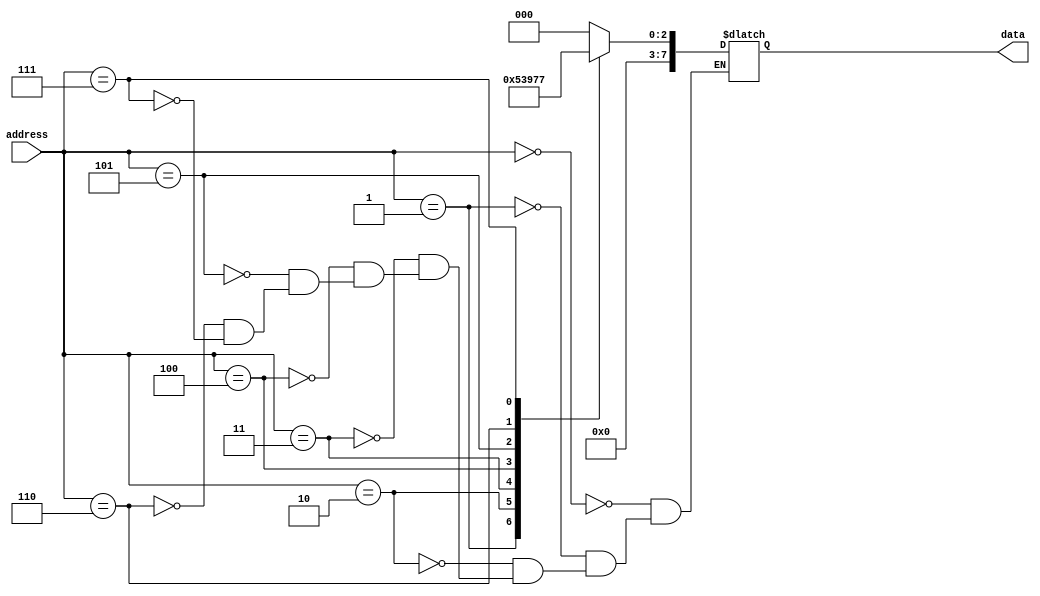
module ROM (
    input [3:0] address,
    output reg [7:0] data
);

always @(*) begin
    case(address)
        4'h0: data = 8'b00000000; // Memory Block 0
        4'h1: data = 8'b00000001; // Memory Block 1
        4'h2: data = 8'b00000010; // Memory Block 2
        4'h3: data = 8'b00000011; // Memory Block 3
        4'h4: data = 8'b00000100; // Memory Block 4
        4'h5: data = 8'b00000101; // Memory Block 5
        4'h6: data = 8'b00000110; // Memory Block 6
        4'h7: data = 8'b00000111; // Memory Block 7
    endcase
end

endmodule